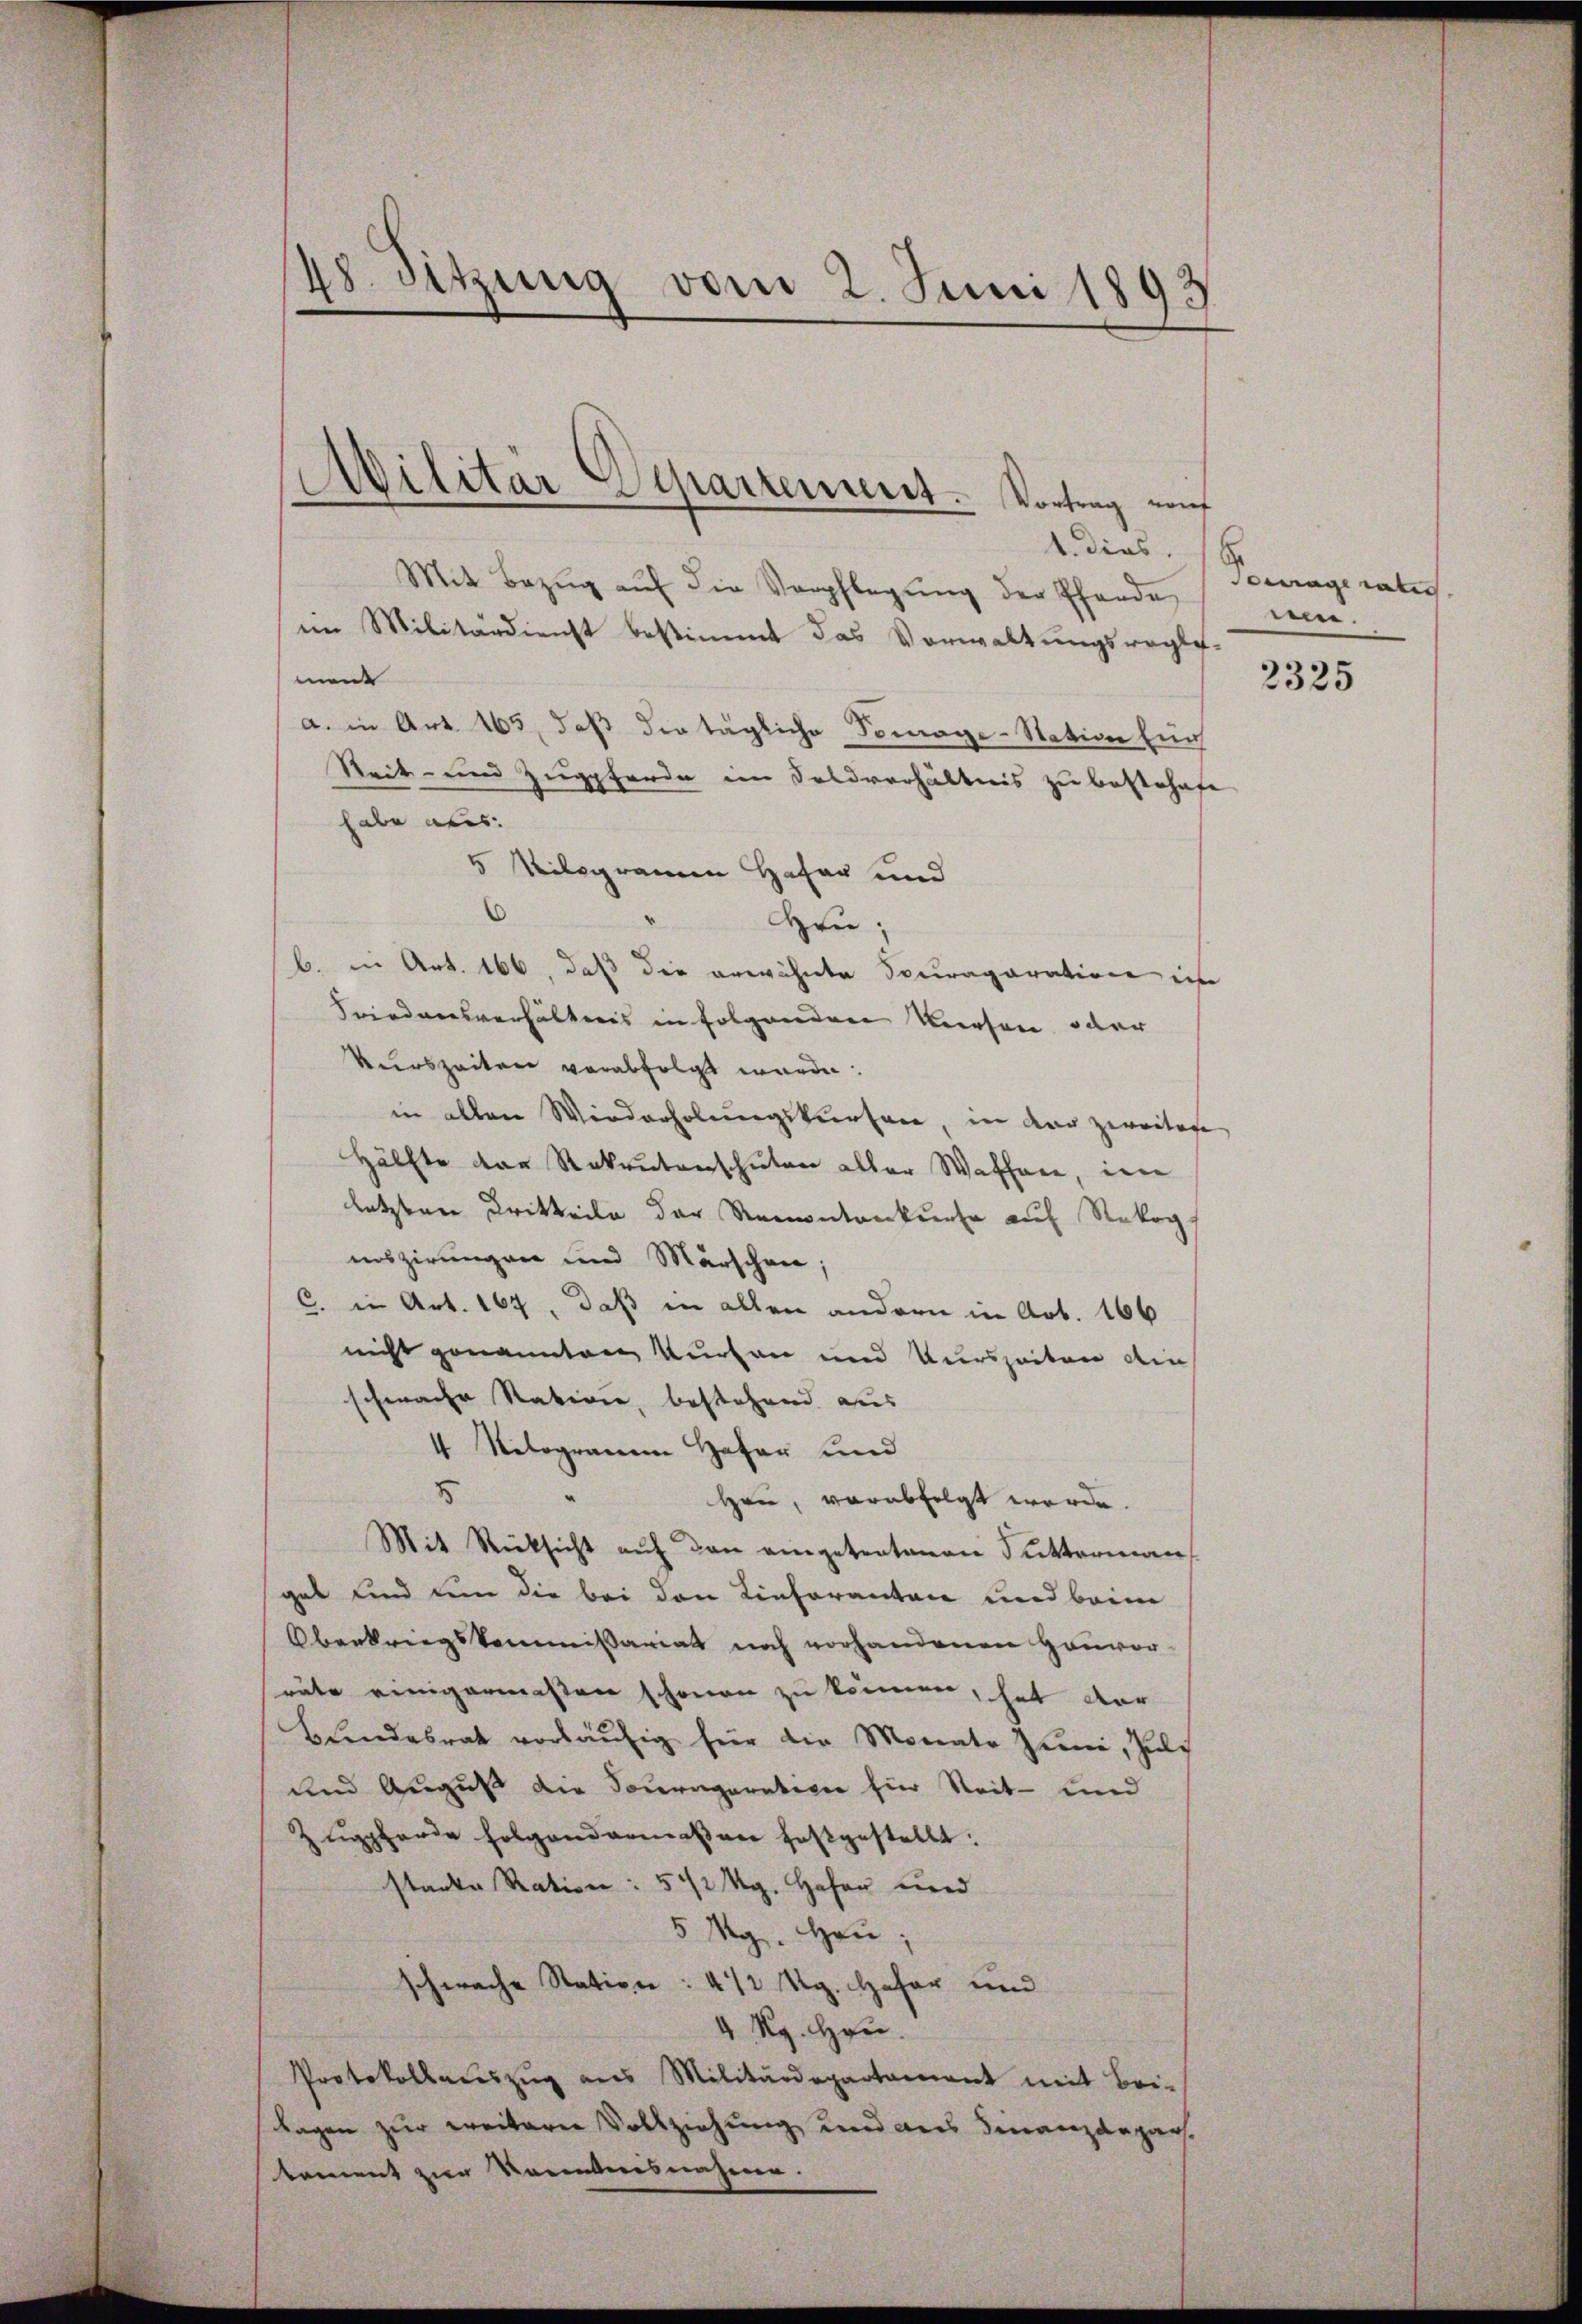
1. dies, 18
Mit Bezŭg aŭf die Verpflegŭng der Pfande
eim Militärdienst bestimmt das Vorwaltungsregle-
ment
a. in Art. 165, daß der tägliche Tomage-Station Ein
Reit- und Zugpferde im Feldverhältnis zu bestohnfe
habe aus.
5 Kilogramm Hafer und
6
Heu;
b. in Art. 166, daß die erwähnte Socraparation im
Friedensverhältnis in folgenden Kresen, oder
Vurszeitere verabfolgt werde.
in allen Wiederholungskursee, in der gereitage
Hälfte der Rekrutenschulen aller Waffen, im
letzten Dritteile der Remontankurse auf Rekog
noszirungen und Märschen;
C. in Art. 167, daß in allen andern in Art. 166
nicht genannten Kurten und Kurszeiten die
schwache Nation, bestehend aus |
4 Nelogramm Hafer und
5
Hrn, verabfolgt werde.
Mit Rücksicht auf den angetretenen Sutterman
get und um die bei den Lieferanten und beim
Oberkriegskommissariat noch vorhandenen Hauvor-
räte einigermeßen schonen zu können, hat dar
Bŭndesrat vorläŭfig für die Monate Züni, Juli
und August die Souraparation für Reit- und
Zugpferde folgendermaßen festgestellt:
stanke Ration: 542 Mg. Hafer und
5 Mg. Heu
schwache Station: 4 1/2 Rg. Hafer und
4 Rg. Hrn.
Protokollauszug aus Militärdepartament mit Bei-
lagen zur weiterer Vollziehung und des Finanzdeparkament zur Kenntnisnahme.

48. Sitzung vom 2. Juni 1893

Militar Separiennert. Vortrag von

Sourage rates
nin.

2325